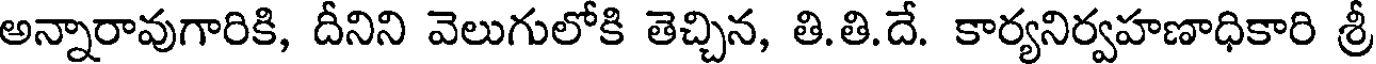
అన్నారావుగారికి, దీనిని వెలుగులోకి తెచ్చిన, తి.తి.దే. కార్యనిర్వహణాధికారి శ్రీ